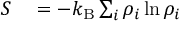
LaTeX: \begin{array} { r l } { S } & { { } = - k _ { \mathrm { B } } \sum _ { i } \rho _ { i } \ln \rho _ { i } } \end{array}